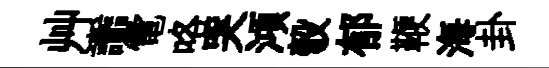
艸讟電咯哭澒彀郁鞭海卦